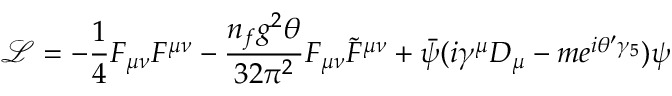
{ \mathcal { L } } = - { \frac { 1 } { 4 } } F _ { \mu \nu } F ^ { \mu \nu } - { \frac { n _ { f } g ^ { 2 } \theta } { 3 2 \pi ^ { 2 } } } F _ { \mu \nu } { \tilde { F } } ^ { \mu \nu } + { \bar { \psi } } ( i \gamma ^ { \mu } D _ { \mu } - m e ^ { i \theta ^ { \prime } \gamma _ { 5 } } ) \psi